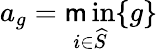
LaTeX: a_{g}=\operatorname*{\mathsf{m}in}_{i\in\widehat{{S}}}\{ g\}